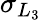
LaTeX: \sigma_{L_{3}}